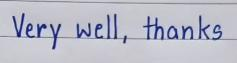
Very well, thanks